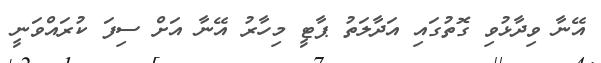
އޭނާ ވިދާޅުވި ގޮތުގައި އަދާލަތު ޕާޓީ މިހާރު އޭނާ އަށް ސިފަ ކުރައްވަނީ